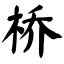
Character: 桥